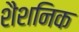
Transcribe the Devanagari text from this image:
शैशनिक